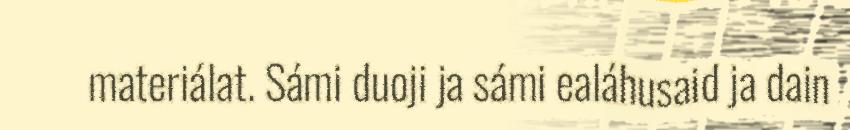
materiálat. Sámi duoji ja sámi ealáhusaid ja dain